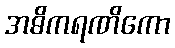
အဓိကရဏိကော